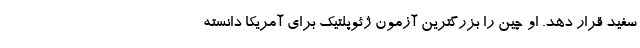
سفید قرار دهد. او چین را بزرگترین آزمون ژئوپلتیک برای آمریکا دانسته